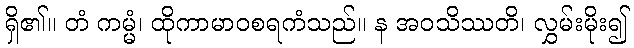
ရှိ၏။ တံ ကမ္မံ၊ ထိုကာမာဝစရကံသည်။ န အဝသိဿတိ၊ လွှမ်းမိုး၍